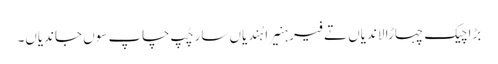
بڑا چیک چہاڑا لاندیاں تے فیر ہنیرا ہُندیاں سار چُپ چاپ سوں جاندیاں۔